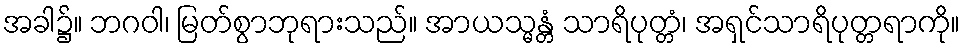
အခါ၌။ ဘဂဝါ၊ မြတ်စွာဘုရားသည်။ အာယသ္မန္တံ သာရိပုတ္တံ၊ အရှင်သာရိပုတ္တရာကို။